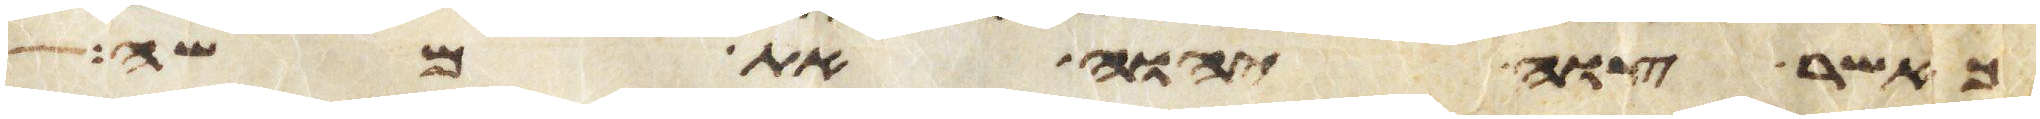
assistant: כאשר צוה יהוה את משה